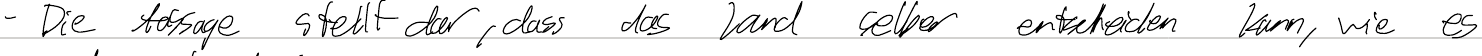
- Die Aussage stellt dar, dass das Land selber entscheiden kann, wie es